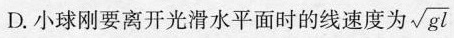
D.小球刚要离开光滑水平面时的线速度为\sqrt{gl}